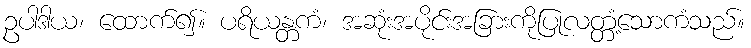
ဥပါဒါယ၊ ထောက်၍။ ပရိယန္တကံ၊ အဆုံးအပိုင်းအခြားကိုပြုလတ္တံ့သောကံသည်။